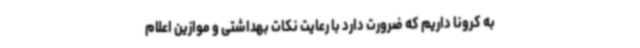
به کرونا داریم که ضرورت دارد با رعایت نکات بهداشتی و موازین اعلام